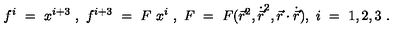
f ^ { i } \ = \ x ^ { i + 3 } \ , \ f ^ { i + 3 } \ = \ F \ x ^ { i } \ , \ F \ = \ F ( { \vec { r } } ^ { 2 } , { \dot { \vec { r } } } ^ { 2 } , { \vec { r } } \cdot { \dot { \vec { r } } } ) , \ i \ = \ 1 , 2 , 3 \ .